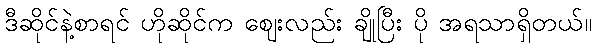
ဒီဆိုင်နဲ့စာရင် ဟိုဆိုင်က ဈေးလည်း ချိုပြီး ပို အရသာရှိတယ်။